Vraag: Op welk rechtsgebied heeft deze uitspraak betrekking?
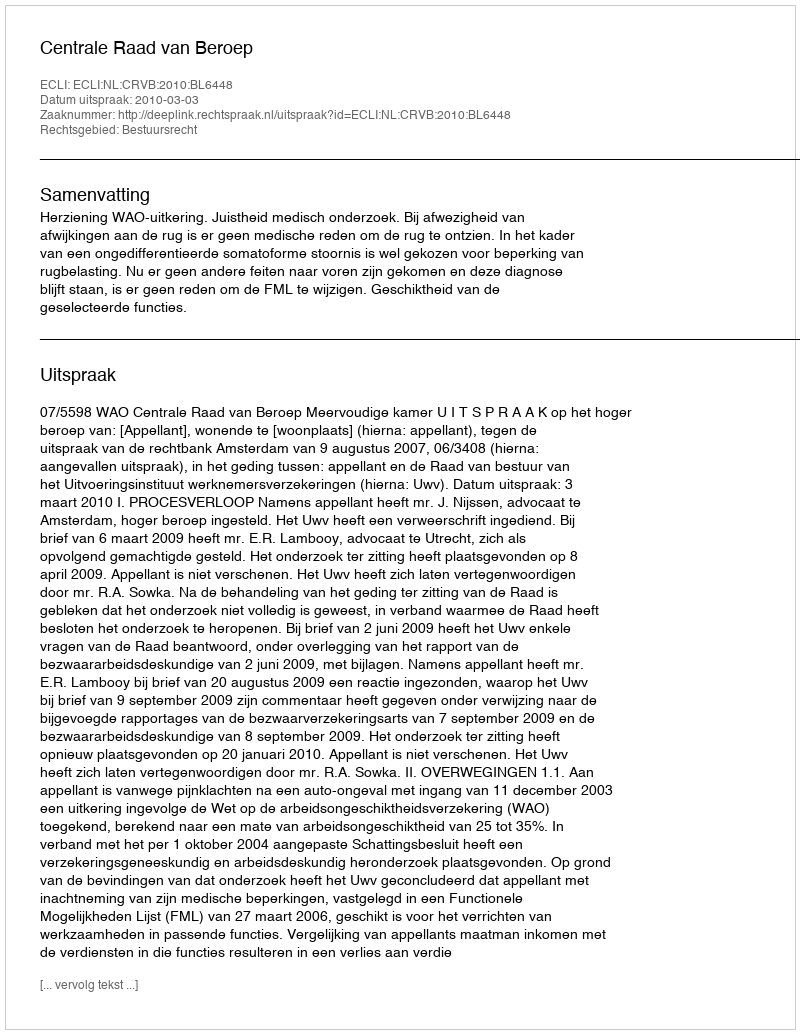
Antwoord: Bestuursrecht